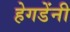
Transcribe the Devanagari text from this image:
हेगडेंनी